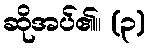
ဆိုအပ်၏။ (၃)